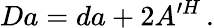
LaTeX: Da=da+2A^{\prime H}\, .